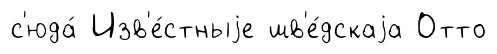
с'юда́ Изв'е́стныjе шв'е́дскаjа Отто